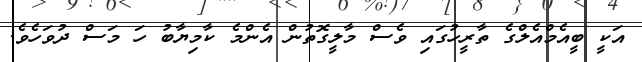
އަކީ ބީއެމްއެލްގެ ތާރީހުގައި ވެސް މާލީގޮތުން އެންމެ ކާމިޔާބު ހަ މަސް ދުވަހެވެ.